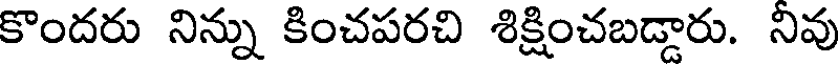
కొందరు నిన్ను కించపరచి శిక్షించబడ్డారు. నివు